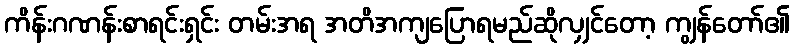
ကိန်းဂဏန်းစာရင်းရှင်း တမ်းအရ အတိအကျပြောရမည်ဆိုလျှင်တော့ ကျွန်တော်၏